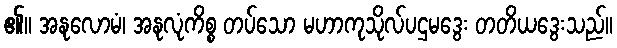
၏။ အနုလောမံ၊ အနုလုံကိစ္စ တပ်သော မဟာကုသိုလ်ပဌမဒွေး တတိယဒွေးသည်။